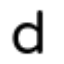
d